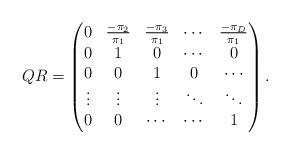
LaTeX: \begin{align*} QR = \begin{pmatrix} 0 & \frac{-\pi_2}{\pi_1} & \frac{-\pi_3}{\pi_1} & \cdots & \frac{-\pi_D}{\pi_1} \\ 0 & 1 & 0 & \cdots & 0 \\ 0 & 0 & 1 & 0 & \cdots \\ \vdots & \vdots & \vdots & \ddots & \ddots \\ 0 & 0 & \cdots & \cdots & 1 \end{pmatrix}.\end{align*}